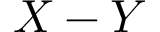
X - Y